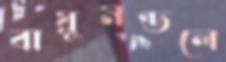
বায়ুমণ্ডলে